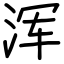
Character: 浑